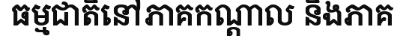
ធម្មជាតិនៅភាគកណ្តាល និងភាគ